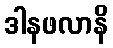
ဒါနဖလာနိ